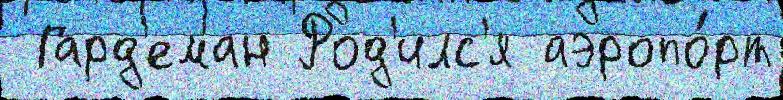
 Гард'еман Род'илс'я аэропо́рт